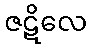
ဇဋိလေ